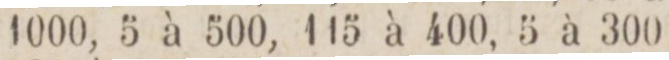
1000, 5 à 500, 115 à 400, 5 à 300